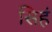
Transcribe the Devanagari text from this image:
सिहं